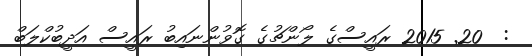
:  20